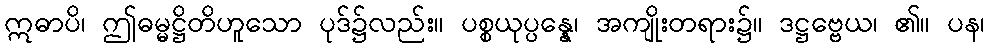
ဣဓာပိ၊ ဤဓမ္မဋ္ဌိတိဟူသော ပုဒ်၌လည်း။ ပစ္စယုပ္ပန္နေ၊ အကျိုးတရား၌။ ဒဋ္ဌဗ္ဗေယ၊ ၏။ ပန၊